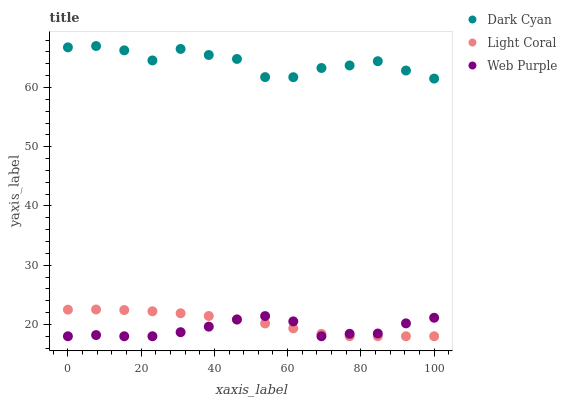
| xaxis_label | Dark Cyan | Light Coral | Web Purple |
 | --- | --- | --- | --- |
 | 0 | 66.8 | 22.5 | 18 |
 | 7.69 | 67 | 22.5 | 18.2 |
 | 15.4 | 66.3 | 22.4 | 18 |
 | 23.1 | 64.6 | 22.2 | 18 |
 | 30.8 | 66.5 | 21.9 | 18.7 |
 | 38.5 | 65.5 | 21.4 | 19.6 |
 | 46.2 | 64.8 | 20.9 | 20.8 |
 | 53.8 | 61.8 | 20.2 | 21.4 |
 | 61.5 | 61.7 | 19.3 | 20.5 |
 | 69.2 | 63.3 | 18.4 | 18 |
 | 76.9 | 63.7 | 18 | 18.4 |
 | 84.6 | 64.4 | 18 | 18.5 |
 | 92.3 | 62.9 | 18 | 20.2 |
 | 100 | 61.5 | 18 | 21.1 |